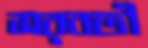
সরবতী